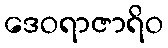
ဒေဝရာဇာရိဝ